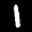
Label: 1